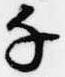
千